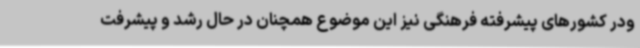
ودر کشورهای پیشرفته فرهنگی نیز این موضوع همچنان در حال رشد و پیشرفت